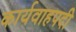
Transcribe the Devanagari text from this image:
कार्यवाहपदी